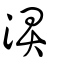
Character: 淠